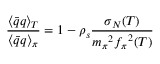
\frac { { \langle \bar { q } q \rangle } _ { T } } { { \langle \bar { q } q \rangle } _ { \pi } } = 1 - \rho _ { s } \frac { \sigma _ { N } ( T ) } { { m _ { \pi } } ^ { 2 } { f _ { \pi } } ^ { 2 } ( T ) }